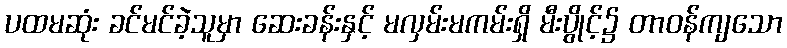
ပထမဆုံး ခင်မင်ခဲ့သူမှာ ဆေးခန်းနှင့် မလှမ်းမကမ်းရှိ မီးပွိုင့်၌ တာဝန်ကျသော